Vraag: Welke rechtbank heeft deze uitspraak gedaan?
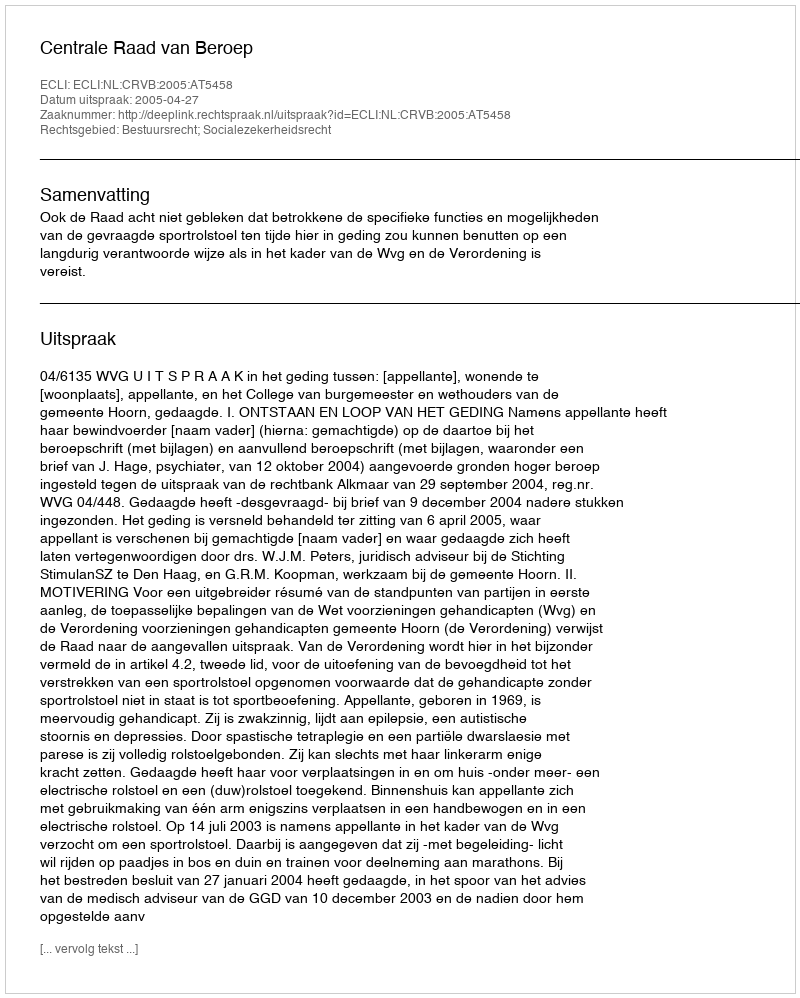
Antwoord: Centrale Raad van Beroep